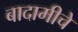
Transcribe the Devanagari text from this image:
बादामीचे